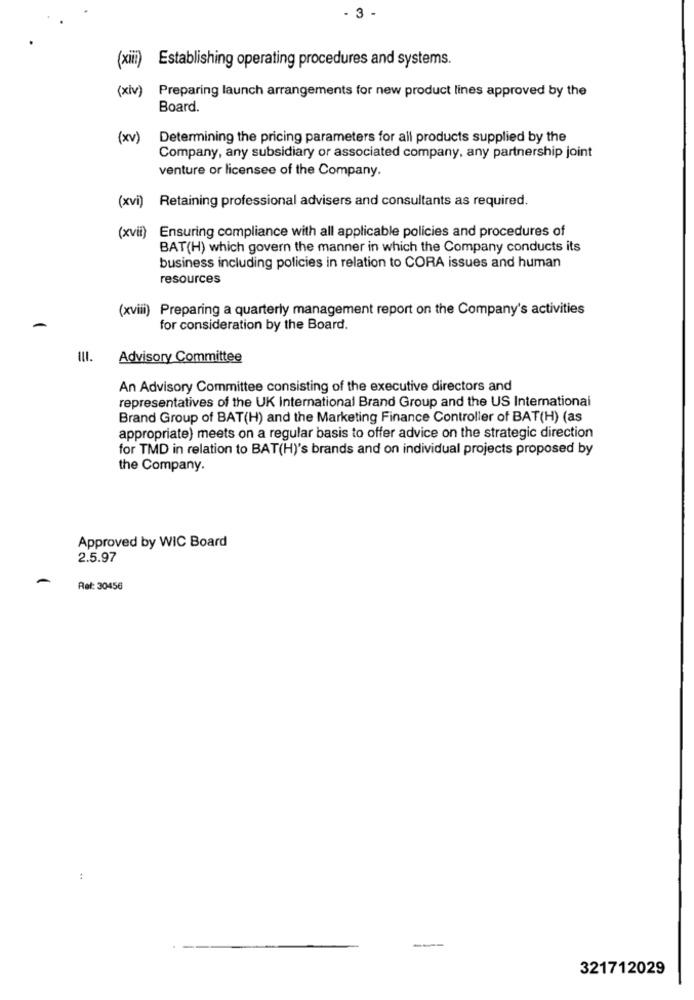
- 3 -
(xiii) Establishing operating procedures and systems.
(xiv)
Preparing launch arrangements for new product lines approved by the
Board.
(xv)
Determining the pricing parameters for all products supplied by the
Company, any subsidiary or associated company, any partnership joint
venture or licensee of the Company.
(xvi) Retaining professional advisers and consultants as required.
(xvii) Ensuring compliance with all applicable policies and procedures of
BAT(H) which govern the manner in which the Company conducts its
business including policies in relation to CORA issues and human
resources
(xviii) Preparing a quarterly management report on the Company's activities
for consideration by the Board.
III.
Advisory Committee
An Advisory Committee consisting of the executive directors and
representatives of the UK International Brand Group and the US International
Brand Group of BAT(H) and the Marketing Finance Controller of BAT(H) (as
appropriate) meets on a regular basis to offer advice on the strategic direction
for TMD in relation to BAT(H)'s brands and on individual projects proposed by
the Company.
Approved by WIC Board
2.5.97
Ref: 30456
321712029